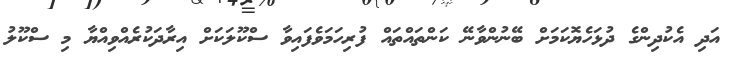
އަދި އެކުދިންގެ ދުޅަހެޔޮކަމަށް ބޭނުންވާނޭ ކަންތައްތައް ފުރިހަމަވެފައިވާ ސްކޫލަކަށް އިރާދަކުރެއްވިއްޔާ މި ސްކޫލު